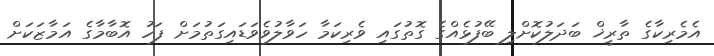
އެމެރިކާގެ ތާރީޚް ބަދަލުކޮށްލި ބޭފުޅެއްގެ ގޮތުގައި ވެރިކަމާ ހަވާލުވެވަޑައިގަތުމަށް ފަހު އޮބާމާގެ އަމާޒަކަށް